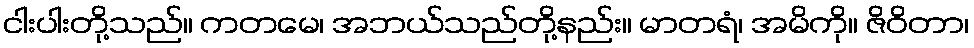
ငါးပါးတို့သည်။ ကတမေ၊ အဘယ်သည်တို့နည်း။ မာတရံ၊ အမိကို။ ဇိဝိတာ၊